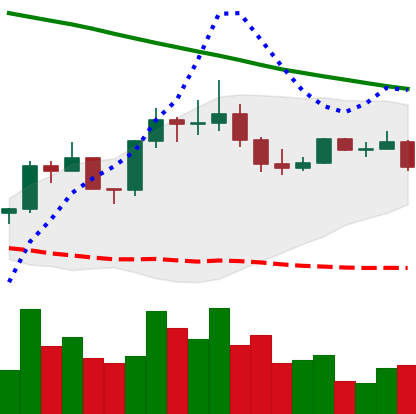
Ticker: EOS-USD
Chart end date: 2022-08-09
Forward return: 11.025%
Label: up_7plus